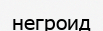
негроид